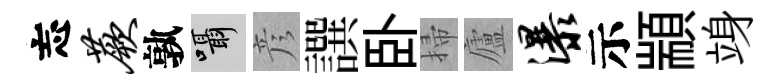
忘蕨孰囁彦譔卧掃廬瀑示顓竧